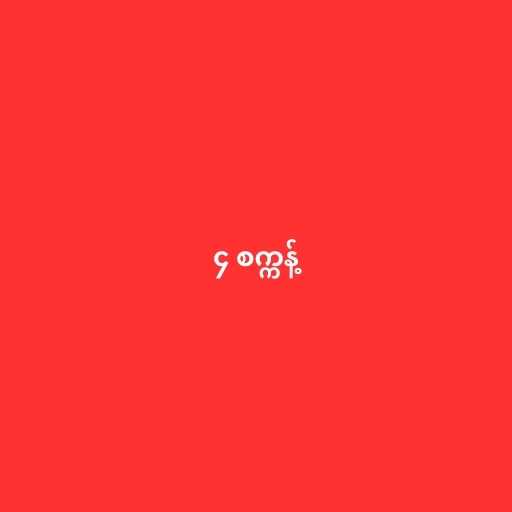
၄ စက္ကန့်